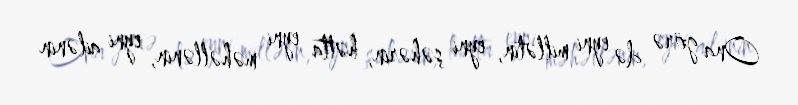
Ona görə də eyni millətin, eyni şəhərin, hətta eyni məhəllənin, eyni ailənin